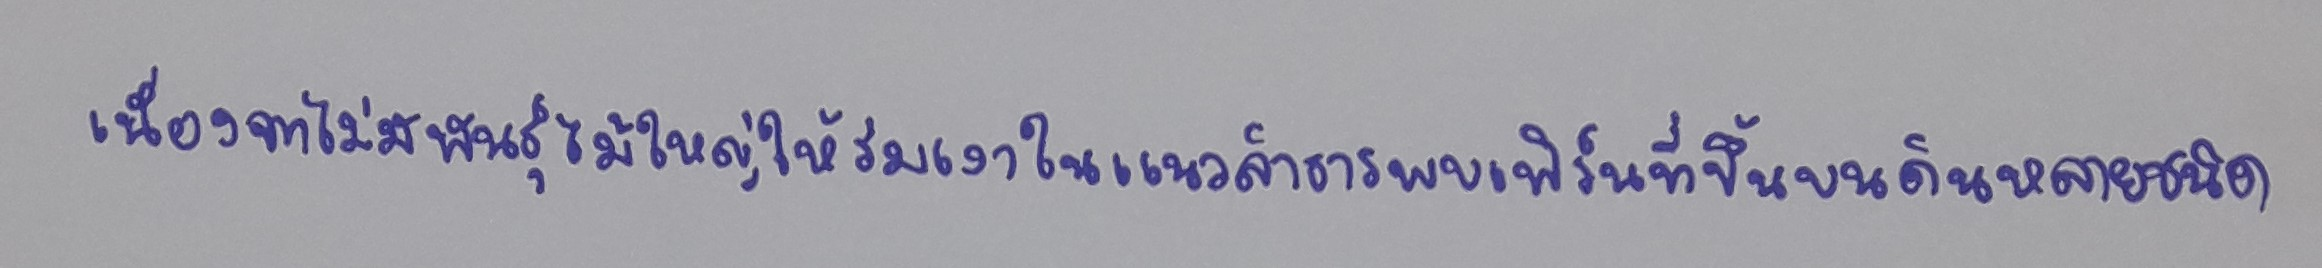
เนื่องจากไม่มีพันธุ์ไม้ใหญ่ให้ร่มเงาในแนวลำธารพบเฟิร์นที่ขึ้นบนดินหลายชนิด